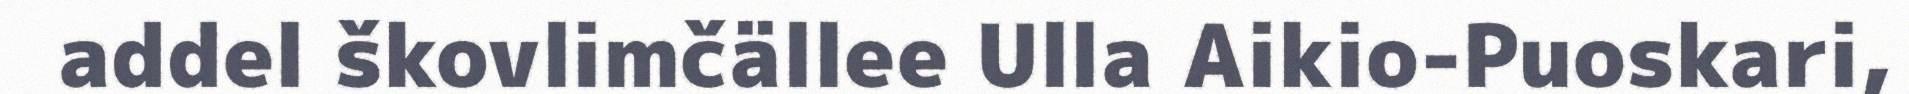
addel škovlimčällee Ulla Aikio-Puoskari,